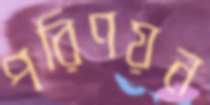
পরিণয়ন